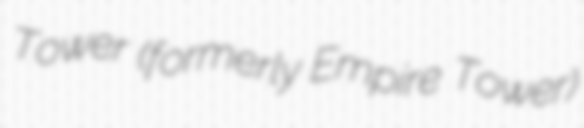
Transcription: Tower (formerly Empire Tower)